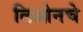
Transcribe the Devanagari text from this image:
लिओनचे